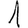
Digit: 1